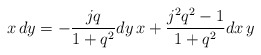
\begin{align*}x\, dy=-\frac{jq}{1+q^2}dy\, x+\frac{j^2q^2-1}{1+q^2}dx\, y\end{align*}